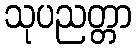
သုပညတ္တာ